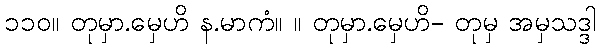
၁၁၀။ တုမှာ.မှေဟိ န.မာကံ။ ။ တုမှာ.မှေဟိ- တုမှ အမှသဒ္ဒါ